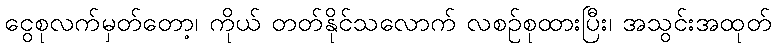
ငွေစုလက်မှတ်တော့၊ ကိုယ် တတ်နိုင်သလောက် လစဉ်စုထားပြီး၊ အသွင်းအထုတ်